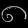
Digit: ၈